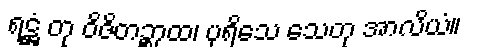
ရဋ္ဌံ တု ဝိဇိတဉ္စာထ၊ ပုရိသေ သေတု အာလိယံ။